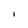
Character: i